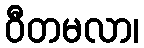
ဝီတမလာ၊